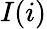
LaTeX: I(i)